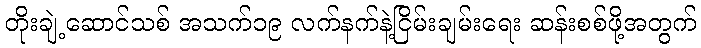
တိုးချဲ့ဆောင်သစ် အသက်၁၉ လက်နက်နဲ့ငြိမ်းချမ်းရေး ဆန်းစစ်ဖို့အတွက်